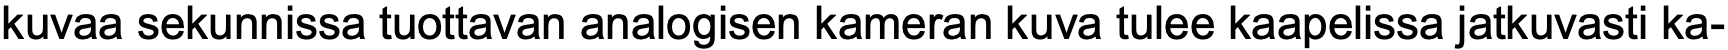
kuvaa sekunnissa tuottavan analogisen kameran kuva tulee kaapelissa jatkuvasti ka-